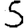
Digit: 5